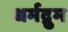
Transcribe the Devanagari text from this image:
धर्मद्रुम